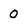
Character: 0